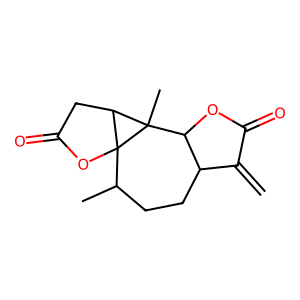
SMILES: C=C1C(=O)OC2C1CCC(C)C13OC(=O)CC1C23C
Inhibits HIV replication: No